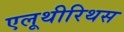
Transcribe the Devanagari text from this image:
एलूथीरिथस